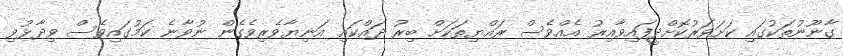
ގާނޫނުތަކުގައި ކަށަވަރުކޮށްދީފައިވާއިރު އެއްވެސް ރައްޔިތަކަށް ބިރު ދައްކައި އަނިޔާވެރިވެގެން ނުވާނެ ކަމުގައިވެސް ވިދާޅުވި